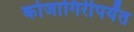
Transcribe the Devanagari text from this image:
कोजागिरीपर्यंत